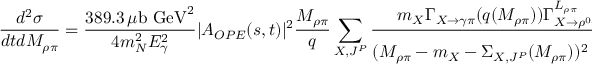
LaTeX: { \frac { d ^ { 2 } \sigma } { d t d M _ { \rho \pi } } } = { \frac { 3 8 9 . 3 \, \mu \mathrm { b ~ G e V } ^ { 2 } } { 4 m _ { N } ^ { 2 } E _ { \gamma } ^ { 2 } } } | A _ { O P E } ( s , t ) | ^ { 2 } { \frac { M _ { \rho \pi } } { q } } \sum _ { X , J ^ { P } } { \frac { m _ { X } \Gamma _ { X \to \gamma \pi } ( q ( M _ { \rho \pi } ) ) \Gamma _ { X \to \rho ^ { 0 } \pi ^ { + } } ^ { L _ { \rho \pi } } ( k _ { \rho \pi } ( M _ { \rho \pi } ) ) } { ( M _ { \rho \pi } - m _ { X } - \Sigma _ { X , J ^ { P } } ( M _ { \rho \pi } ) ) ^ { 2 } + \left( { \frac { \Gamma _ { X , J ^ { P } } ( M _ { \rho \pi } ) } { 2 } } \right) ^ { 2 } } } .